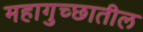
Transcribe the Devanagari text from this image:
महागुच्छातील